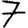
Digit: 7